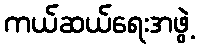
ကယ်ဆယ်ရေးအဖွဲ့